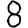
Digit: 8